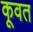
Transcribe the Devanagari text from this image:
कूवत